Report of the King Institute of Preventive Medicine, Guindy
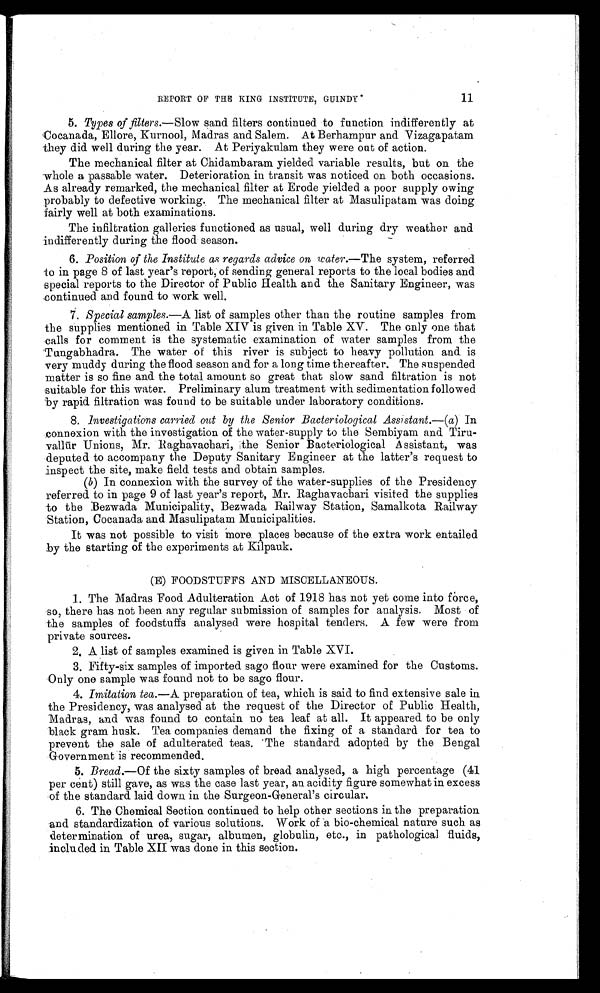
11
REPORT OF THE KING INSTITUTE, GUINDY
5. Types of filters.—Slow sand filters continued to function indifferently at
Cocanada, Ellore, Kurnool, Madras and Salem. At Berhampur and Vizagapatam
they did well during the year. At Periyakulam they were out of action.
The mechanical filter at Chidambaram yielded variable results, but on the
whole a passable water. Deterioration in transit was noticed on both occasions.
As already remarked, the mechanical filter at Erode yielded a poor supply owing
probably to defective working. The mechanical filter at Masulipatam was doing
fairly well at both examinations.
The infiltration galleries functioned as usual, well during dry weather and
indifferently during the flood season.
6. Position of the Institute as regards advice on water.— The system, referred
to in page 8 of last year's report, of sending general reports to the local bodies and
special reports to the Director of Public Health and the Sanitary Engineer, was
continued and found to work well.
7.
Special samples.—A list of samples other than the routine samples from
the supplies mentioned in Table XIV is given in Table XV. The only one that
calls for comment is the systematic examination of water samples from the
Tungabhadra. The water of this river is subject to heavy pollution and is
very muddy during the flood season and for a long time thereafter. The suspended
matter is so fine and the total amount so great that slow sand filtration is not
suitable for this water. Preliminary alum treatment with sedimentation followed
by rapid filtration was found to be suitable under laboratory conditions.
8. Investigations carried out by the Senior Bacteriological Assistant.—(a) In
connexion with the investigation of the water-supply to the Sembiyam and Tiru
-vallūr Unions, Mr. Raghavachari, the Senior Bacteriological Assistant, was
deputed to accompany the Deputy Sanitary Engineer at the latter's request to
inspect the site, make field tests and obtain samples.
(b) In connexion with the survey of the water-supplies of the Presidency
referred to in page 9 of last year's report, Mr. Raghavachari visited the supplies
to the Bezwada Municipality, Bezwada Railway Station, Samalkota Railway
Station, Cocanada and Masulipatam Municipalities.
It was not possible to visit more places because of the extra work entailed
by the starting of the experiments at Kilpauk.
(E) FOODSTUFFS AND MISCELLANEOUS.
1. The Madras Food Adulteration Act of 1918 has not yet come into force,
so, there has not been any regular submission of samples for analysis. Most of
the samples of foodstuffs analysed were hospital tenders. A few were from
private sources.
2. A list of samples examined is given in Table XVI.
3. Fifty-six samples of imported sago flour were examined for the Customs.
Only one sample was found not to be sago flour.
4. Imitation tea.—A preparation of tea, which is said to find extensive sale in
the Presidency, was analysed at the request of the Director of Public Health,
Madras, and was found to contain no tea leaf at all. It appeared to be only
black gram husk. Tea companies demand the fixing of a standard for tea to
prevent the sale of adulterated teas. The standard adopted by the Bengal
Government is recommended.
5. Bread.—Of the sixty samples of bread analysed, a high percentage (41
per cent) still gave, as was the case last year, an acidity figure somewhat in excess
of the standard laid down in the Surgeon-General's circular.
6. The Chemical Section continued to help other sections in the preparation
and standardization of various solutions. Work of a bio-chemical nature such as
determination of urea, sugar, albumen, globulin, etc., in pathological fluids,
included in Table XII was done in this section.